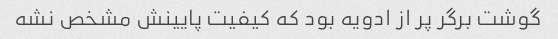
گوشت برگر پر از ادویه بود که کیفیت پایینش مشخص نشه